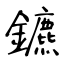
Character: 鑣